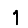
Digit: 1